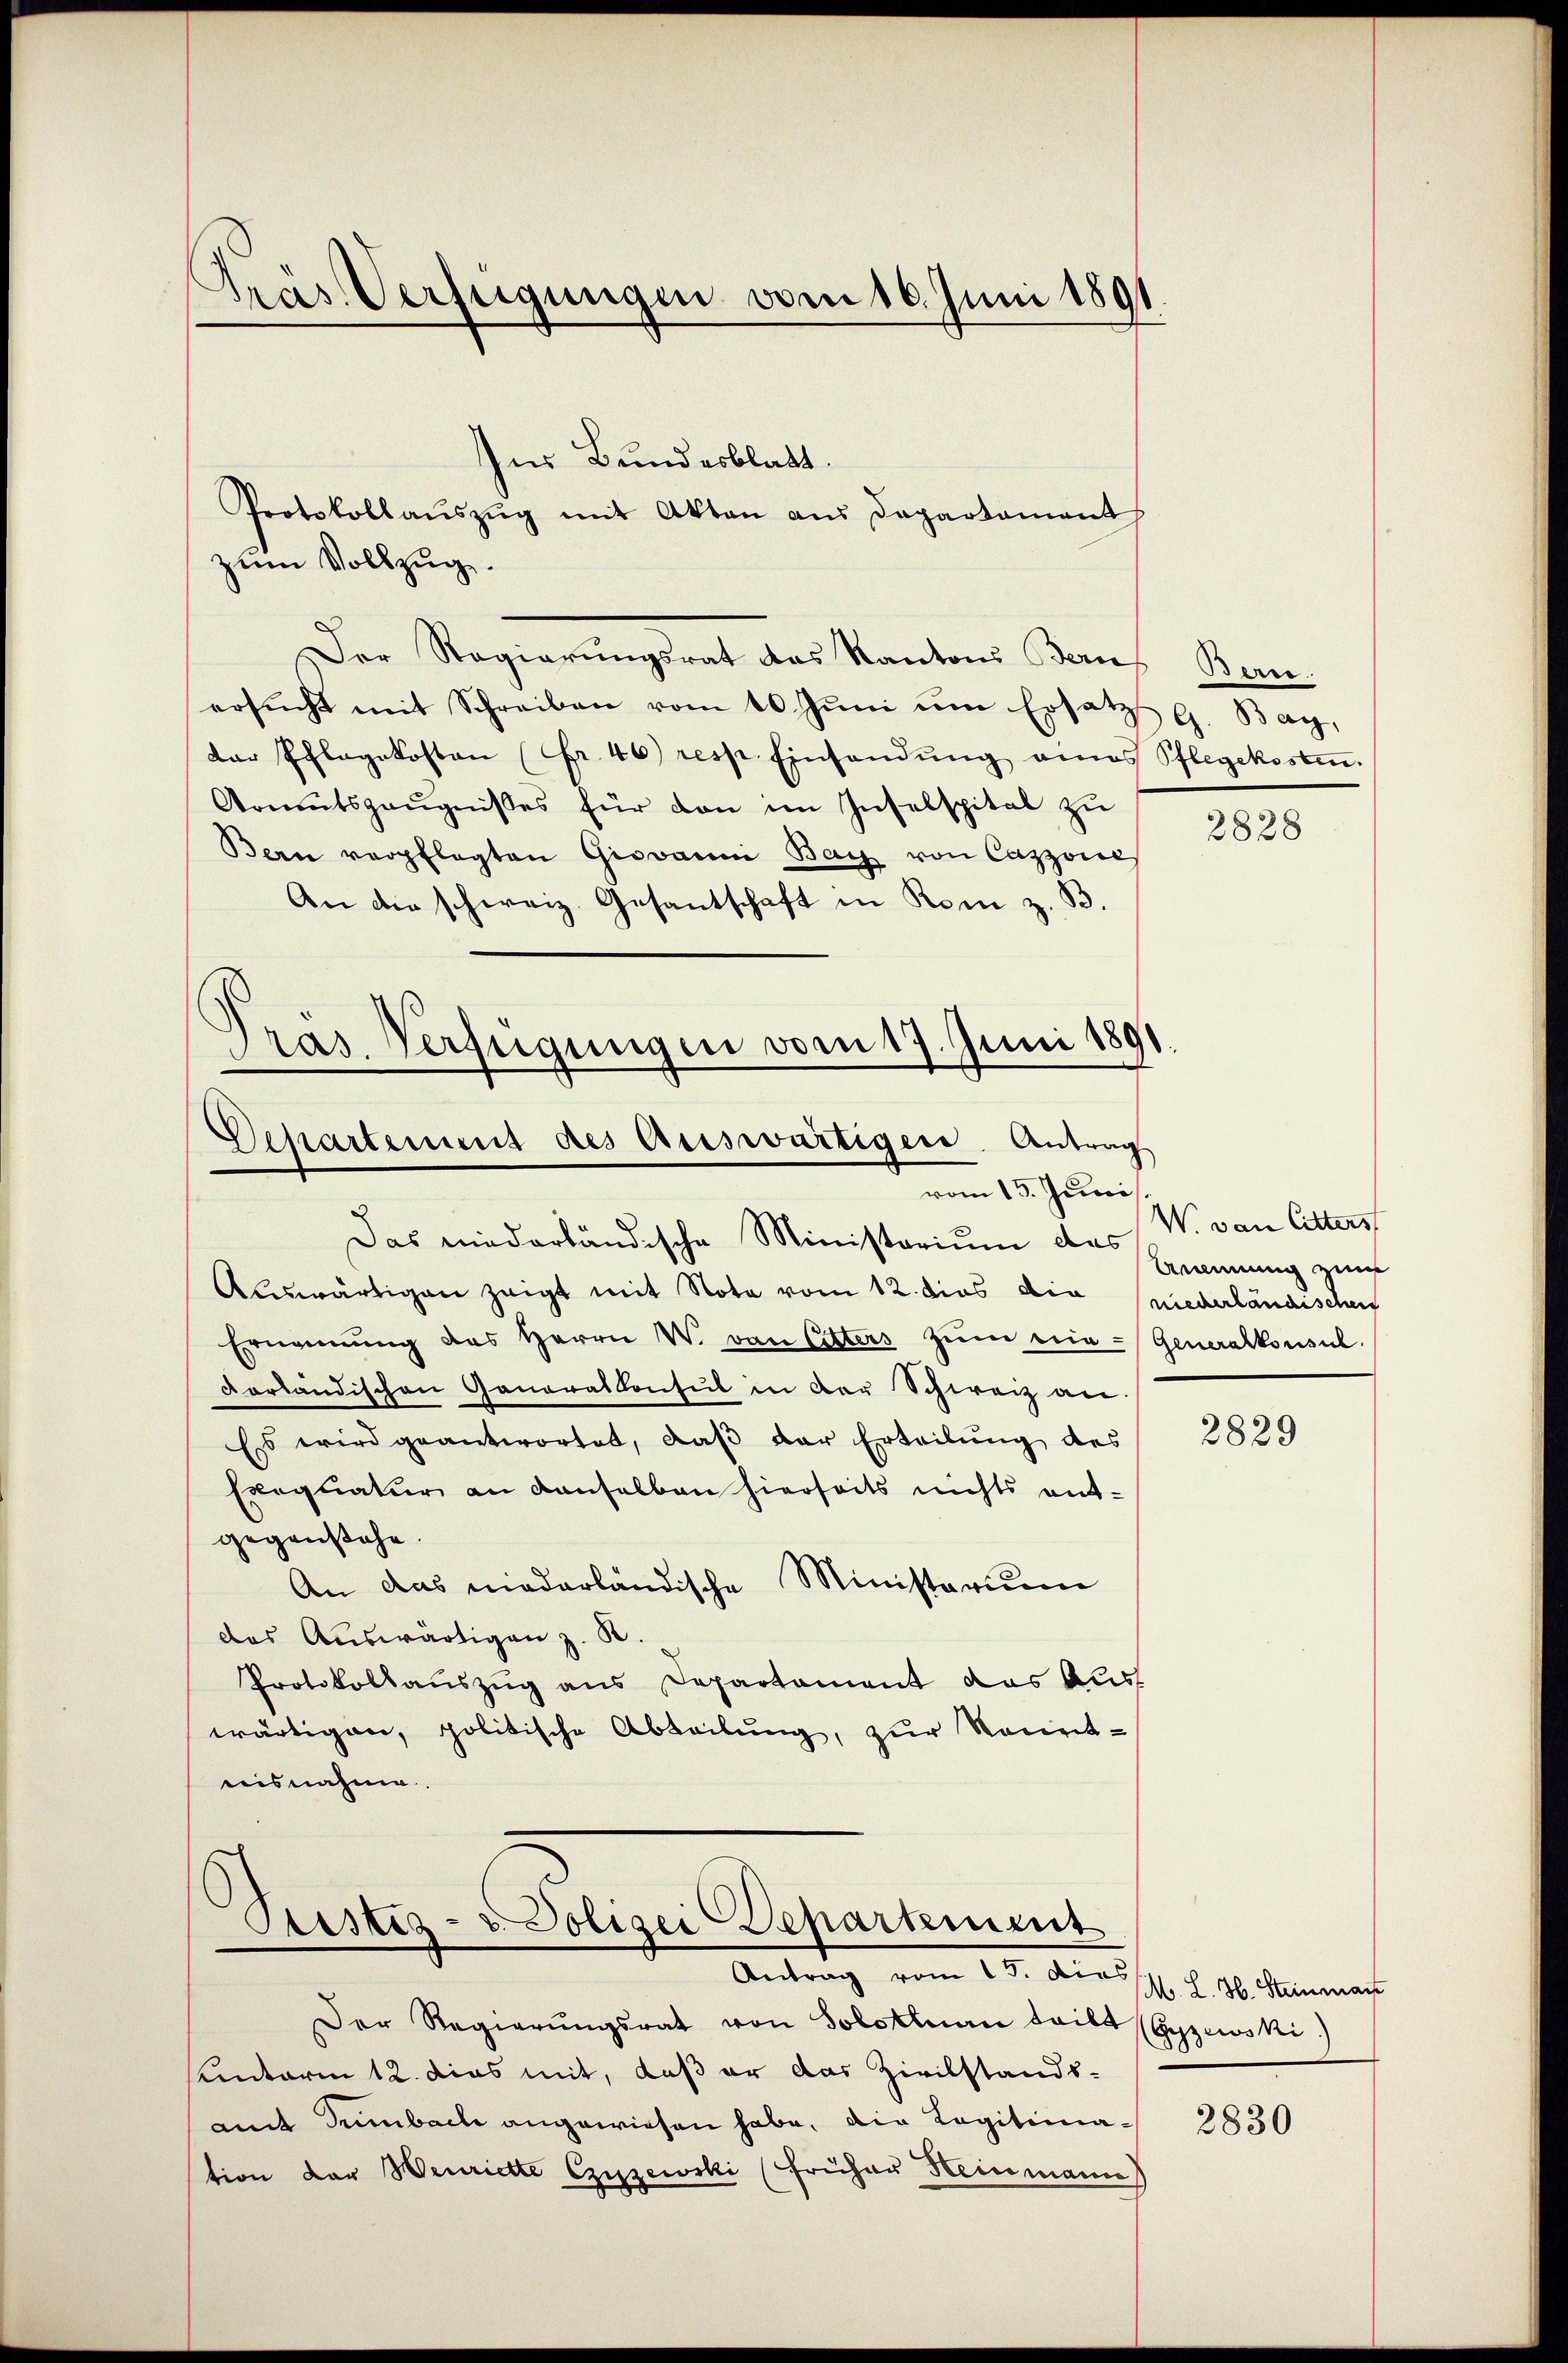
Präs. Verfügungen vom 16. Juni 1891

Ins Bundesblatt.
Protokollaŭszŭg mit Akten aus Departament
zum Vollzug.
Der Regierungsrat das Kantons Bernes Bern.
ersŭcht mit Schreiben vom 10. Jŭni ŭm Ersatz G. Bay,
dar Pflegekosten Fr. 46) resp. Einsandŭng amas Pflegekosten.
Armutszeŭgnisses für den im Inselspital zŭ
Bern verpflegten Giovanni Bay von Cazzone
An die schweiz. Gesantschaft in Rom z. B.
Pras. Verfügungen vom 17. Juni 1891

Auswärtigen zeigt mit Nota vom 12. dies die niederländischen
Ernennung des Herrn W. von Litters zŭm nie-Generalkonsul
vorländischen Generalkonsul in der Schweiz an
Es wird geantwortet, daß der Erteilung des
Exequatur an denselben hierseits nichts entgegenstehe.
An das niederländische Ministerium
das Auswärtigen z. B.
Protokollauszug aus Departament das Aus
wärtigen, politische Abteilung, zur Kenntnisnahme.

Departement des Auswärtigen Antrag
vom 13. Juni
Das niederländische Ministarium das

d
Sistiz- u. Polizei Departement
Antrag vom 15. Diess. H. H. Steinmann

Der Regierŭngsrat von Solothurn teilt (Gysewski.)
sunterm 12. dies mit, daß er das Zivilstands-
mit Grünbach angewiesen habe, die Legitimation der Wenriette Czŭzewski (Früher Heinmann)

2828

W. von Litters
Anennung zum

2829

2830